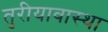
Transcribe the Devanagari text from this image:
तुरीयावास्था